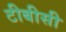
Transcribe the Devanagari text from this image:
टीबीसी